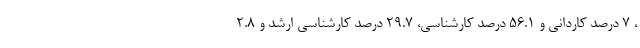
، ۷ درصد کاردانی و ۵۶.۱ درصد کارشناسی، ۲۹.۷ درصد کارشناسی ارشد و ۲.۸